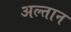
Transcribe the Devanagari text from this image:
अल्तान